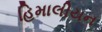
હિમાલીયન